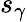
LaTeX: s_{\gamma}